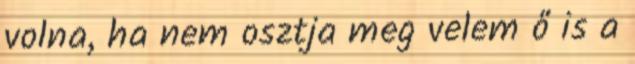
volna, ha nem osztja meg velem ő is a